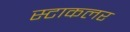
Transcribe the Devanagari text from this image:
स्टाकलर